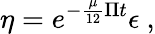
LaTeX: \eta=e^{-\frac{\mu}{12}\Pi t}\epsilon~,